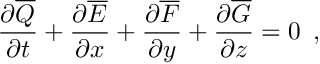
\frac { \partial \overline { { Q } } } { \partial t } + \frac { \partial \overline { { E } } } { \partial x } + \frac { \partial \overline { { F } } } { \partial y } + \frac { \partial \overline { { G } } } { \partial z } = 0 \, \mathrm { ~ , ~ }